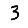
Digit: 3